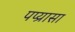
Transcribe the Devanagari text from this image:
पप्य्रासा